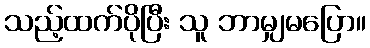
သည့်ထက်ပိုပြီး သူ ဘာမျှမပြော။